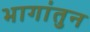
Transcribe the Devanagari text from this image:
भागांतुन